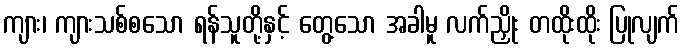
ကျား၊ ကျားသစ်စသော ရန်သူတို့နှင့် တွေ့သော အခါမူ လက်ညှိုး တထိုးထိုး ပြုလျက်